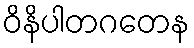
ဝိနိပါတဂတေန